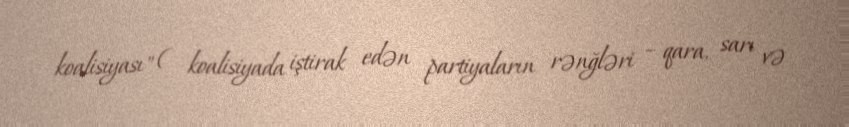
koalisiyası" ( koalisiyada iştirak edən partiyaların rənğləri – qara, sarı və